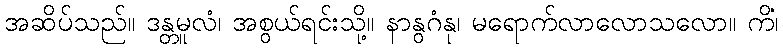
အဆိပ်သည်။ ဒန္တမူလံ၊ အစွယ်ရင်းသို့။ နာနွဂံနု၊ မရောက်လာလောသလော။ ကိံ၊